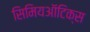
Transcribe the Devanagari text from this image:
सिमियऑटिक्स